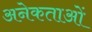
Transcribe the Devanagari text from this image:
अनेकताओं